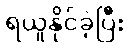
ရယူနိုင်ခဲ့ပြီး